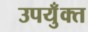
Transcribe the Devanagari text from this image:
उपयुँक्त